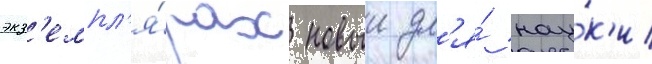
экз'емпл'я́рах новыи дл'я́ нау́к'и